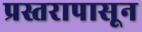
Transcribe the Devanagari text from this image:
प्रस्तरापासून